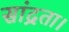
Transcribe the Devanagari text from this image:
सांद्रता।